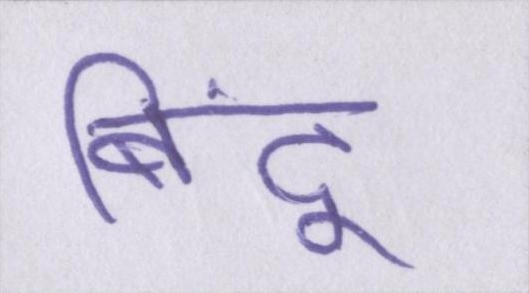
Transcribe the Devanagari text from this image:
बिंदू